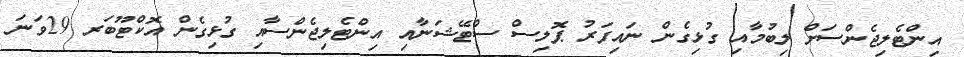
އިންޓެލިޖެންސަށް ލިބުމާއި ގުޅިގެން ނައިފަރު ޕޮލިސް ސްޓޭޝަނާއި އިންޓެލިޖެންސާއި ގުޅިގެން އޮކްޓޫބަރ 29ވަނަ